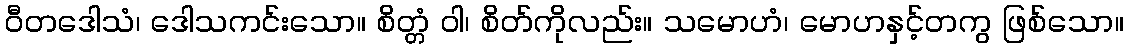
ဝီတဒေါသံ၊ ဒေါသကင်းသော။ စိတ္တံ ဝါ၊ စိတ်ကိုလည်း။ သမောဟံ၊ မောဟနှင့်တကွ ဖြစ်သော။